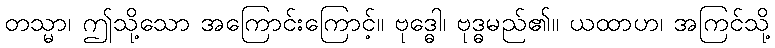
တသ္မာ၊ ဤသို့သော အကြောင်းကြောင့်။ ဗုဒ္ဓေါ၊ ဗုဒ္ဓမည်၏။ ယထာဟ၊ အကြင်သို့